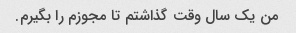
من یک سال وقت گذاشتم تا مجوزم را بگیرم.